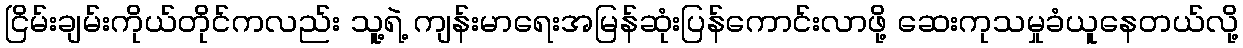
ငြိမ်းချမ်းကိုယ်တိုင်ကလည်း သူ့ရဲ့ ကျန်းမာရေးအမြန်ဆုံးပြန်ကောင်းလာဖို့ ဆေးကုသမှုခံယူနေတယ်လို့